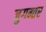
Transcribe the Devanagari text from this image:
जुगन्तर